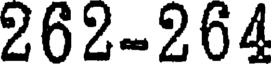
262-264